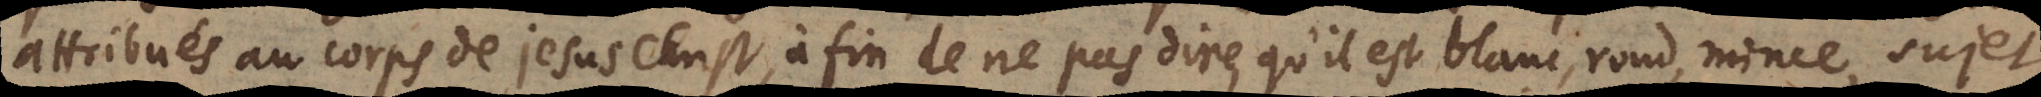
attribués au corps de Jesus Christ, a fin de ne pas dire, qu’il est blanc, rond, mince, sujet